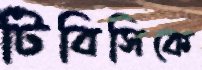
টিবিসিকে